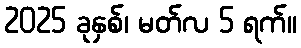
2025 ခုနှစ်၊ မတ်လ 5 ရက်။